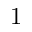
1